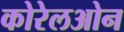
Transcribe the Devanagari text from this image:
कोरेलओन